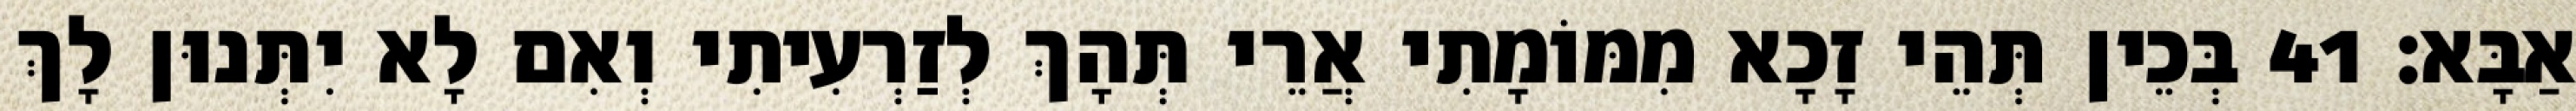
אַבָּא׃ 41 בְּכֵין תְּהֵי זָכָא מִמּוֹמָתִי אֲרֵי תְּהָךְ לְזַרְעִיתִי וְאִם לָא יִתְּנוּן לָךְ